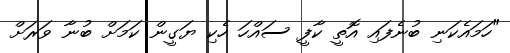
"ހަމައެކަނި ބުނެފައި އޮތީ ކާފީ ސައްހަ ހެކި ޔަގީން ކަމަށް ބުނާ ވަރަށް